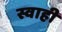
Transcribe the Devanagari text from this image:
स्वाही